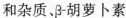
和杂质、β-胡萝卜素